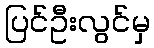
ပြင်ဦးလွင်မှ